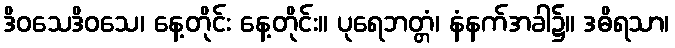
ဒိဝသေဒိဝသေ၊ နေ့တိုင်း နေ့တိုင်း။ ပုရေဘတ္တံ၊ နံနက်အခါ၌။ ဒဓိရသာ၊